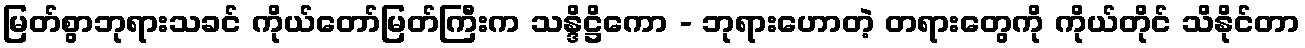
မြတ်စွာဘုရားသခင် ကိုယ်တော်မြတ်ကြီးက သန္ဒိဋ္ဌိကော - ဘုရားဟောတဲ့ တရားတွေကို ကိုယ်တိုင် သိနိုင်တာ